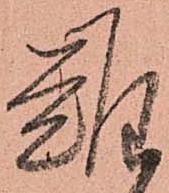
難